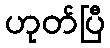
ဟုတ်ပြီ